Tartu_pedagoogiumi_aruanded, lk 83
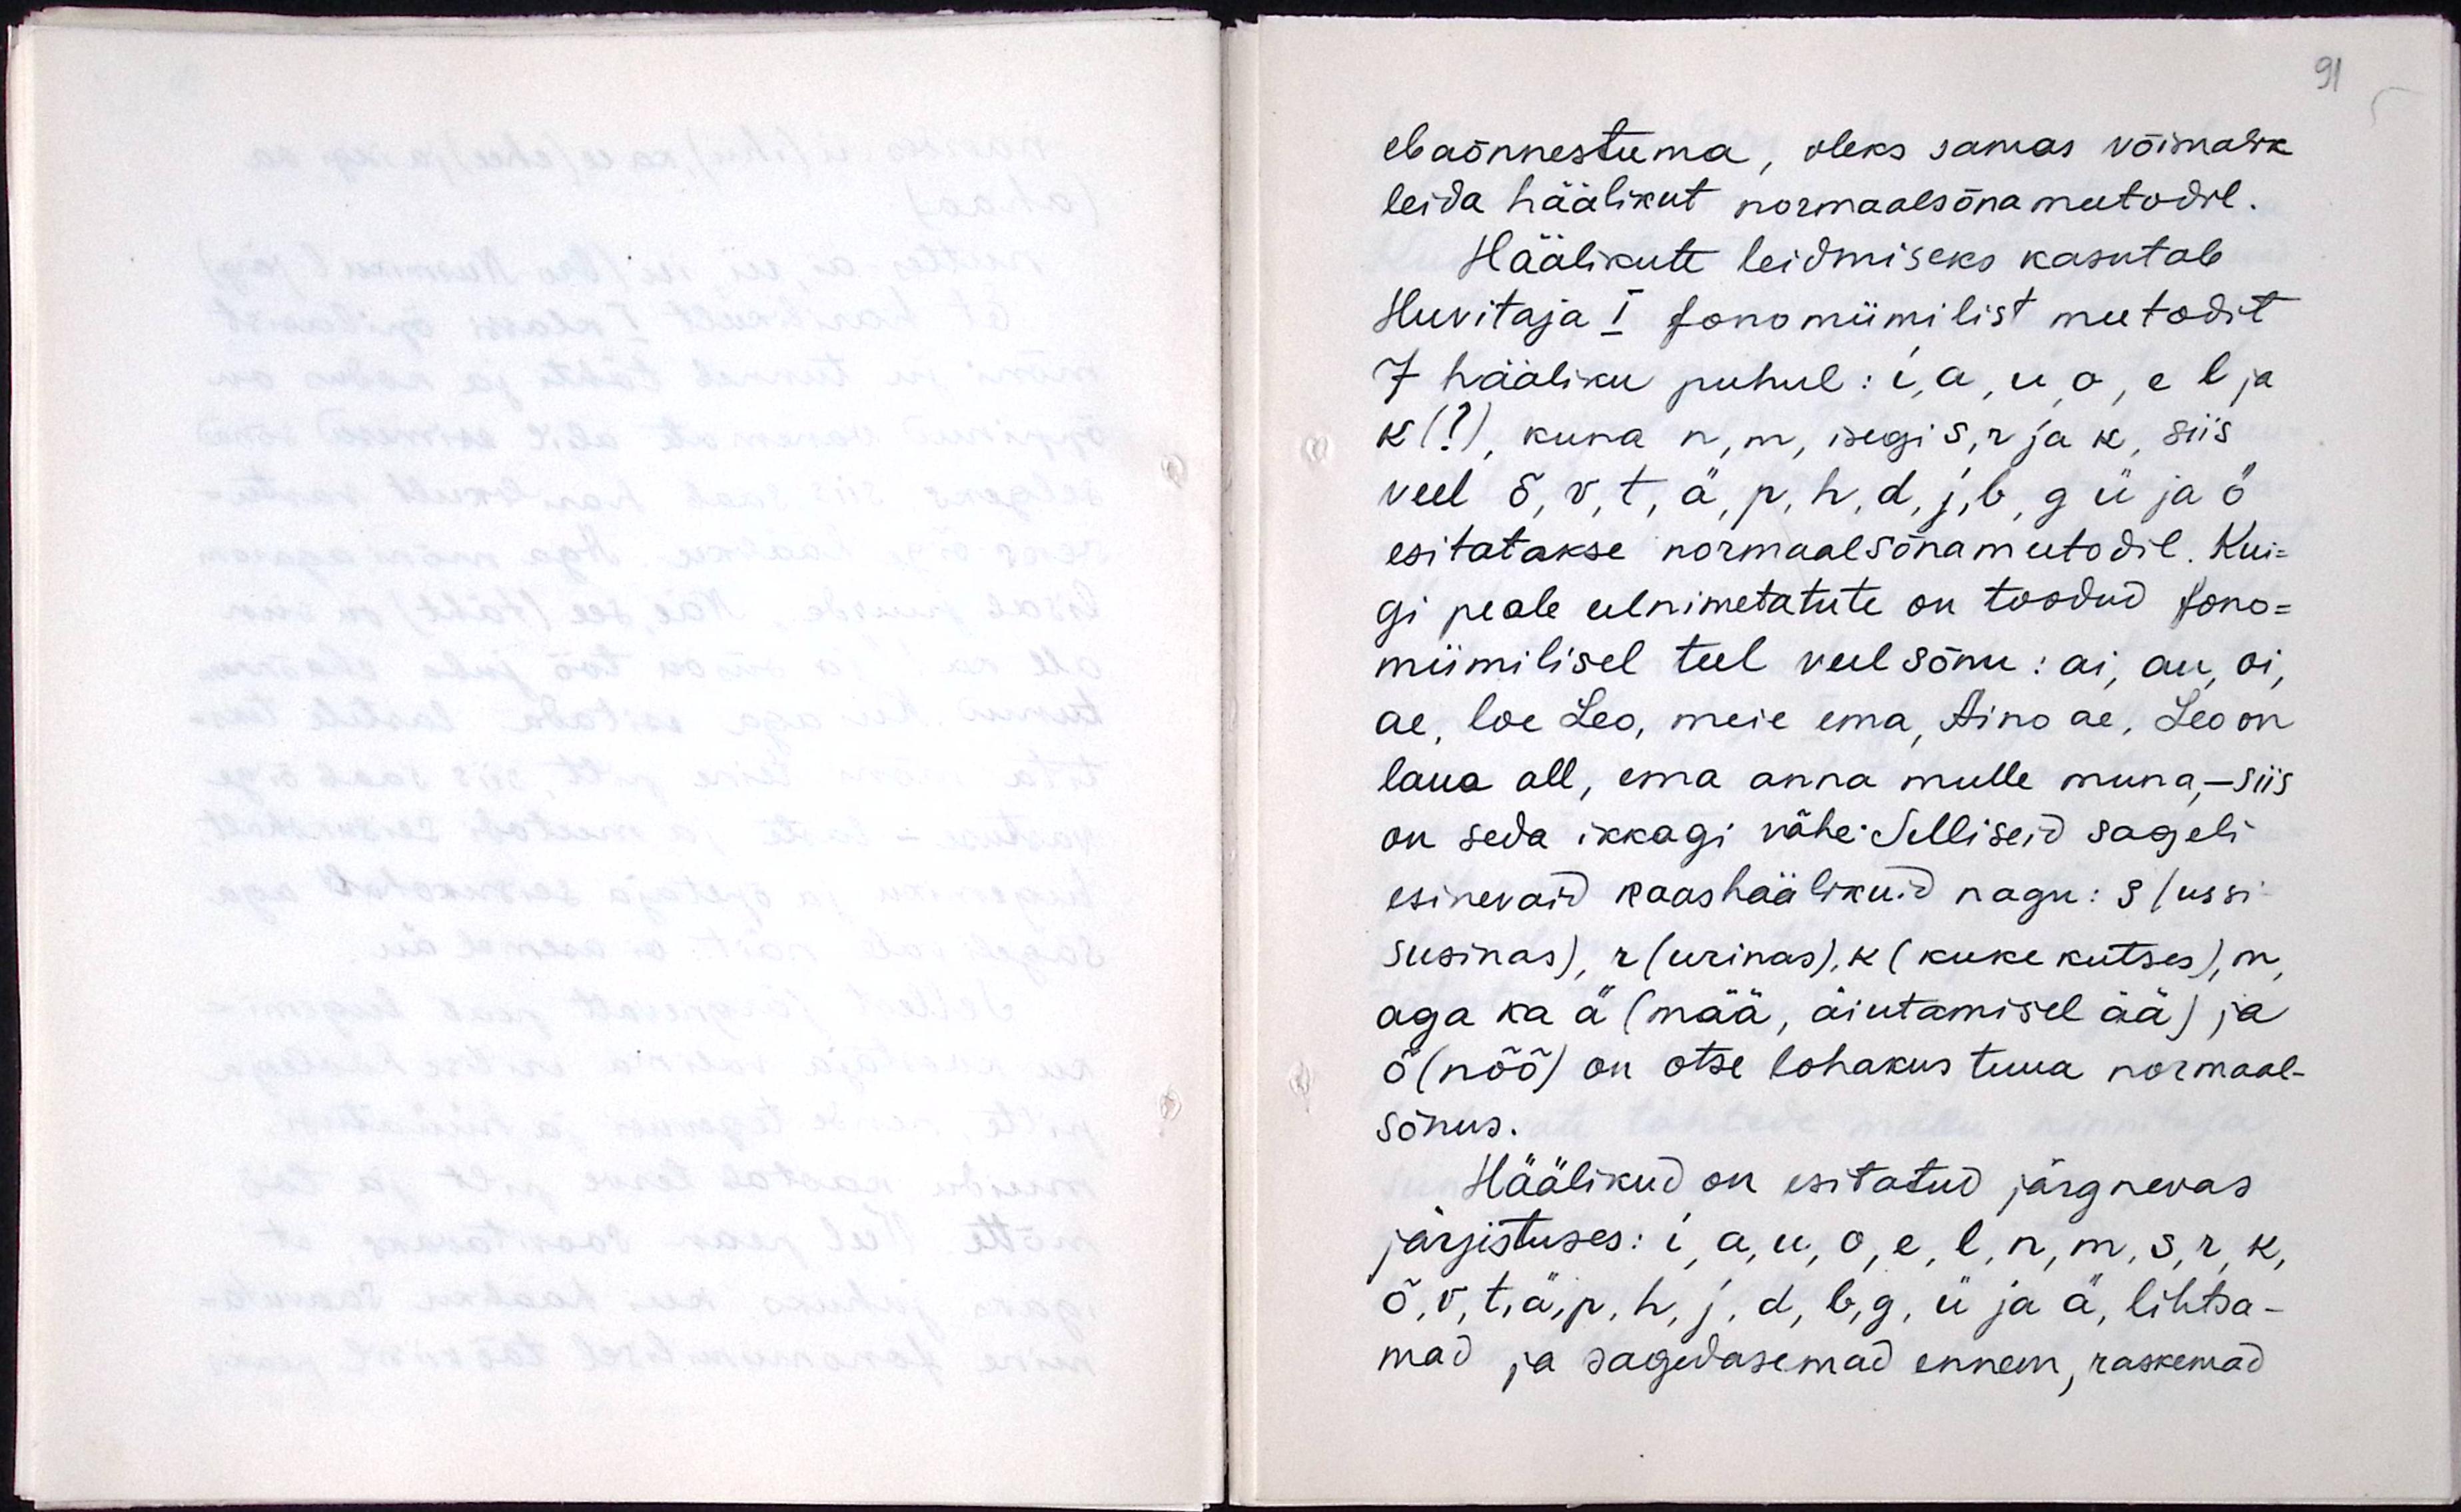
ebaõnnestuma, oleks samas võimalik
leida häälikut normaalsõnameetodil.
Häälikute leidmiseks kasutab
Huvitaja I fonomiimilist meetodit
7 hääliku puhul: i, a, u, o, e, l ja
k (?) kuna n, m isegi s, r ja k, siis
veel õ, v, t, ä, p, h, d, j, b, g, ü ja ö
esitatakse normaalsõnameetodil. Kui-
gi peale eenimetatute on toodud fono-
miimilisel teel veel sõnu: ai, au, oi,
ae, loe Leo, meie ema, Aino ae, Leo on
laua all, ema anna mulle muna, - siis
on seda ikkagi vähe. Selliseid sageli
esinevaid kaashällikuid nagu: s (ussi-
susinas), r (urinas), k (kuke kutses), m
aga ka ä (mää, äiutamisel ää) ja
õ (nõõ) on otse lohakus tuua normaal-
sõnus.
Häälikud on esitatud järgnevas
järjistuses: i, a, u, o, e, l, n, m, s, r, k,
õ, v, t, ä, p, h, j, d, b, g, ü ja ä lihtsa-
mad ja sagedasemad ennem, raskemad